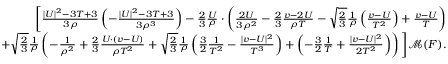
\begin{array} { r } { \bigg [ \frac { | U | ^ { 2 } - 3 T + 3 } { 3 \rho } \left( - \frac { | U | ^ { 2 } - 3 T + 3 } { 3 \rho ^ { 3 } } \right) - \frac { 2 } { 3 } \frac { U } { \rho } \cdot \left( \frac { 2 U } { 3 \rho ^ { 2 } } - \frac { 2 } { 3 } \frac { v - 2 U } { \rho T } - \sqrt { \frac { 2 } { 3 } } \frac { 1 } { \rho } \left( \frac { v - U } { T ^ { 2 } } \right) + \frac { v - U } { T } \right) } \\ { + \sqrt { \frac { 2 } { 3 } } \frac { 1 } { \rho } \left( - \frac { 1 } { \rho ^ { 2 } } + \frac { 2 } { 3 } \frac { U \cdot ( v - U ) } { \rho T ^ { 2 } } + \sqrt { \frac { 2 } { 3 } } \frac { 1 } { \rho } \left( \frac { 3 } { 2 } \frac { 1 } { T ^ { 2 } } - \frac { | v - U | ^ { 2 } } { T ^ { 3 } } \right) + \left( - \frac { 3 } { 2 } \frac { 1 } { T } + \frac { | v - U | ^ { 2 } } { 2 T ^ { 2 } } \right) \right) \bigg ] \mathcal { M } ( F ) . } \end{array}